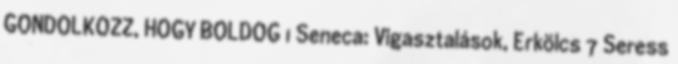
GONDOLKOZZ, HOGY BOLDOG 1 Seneca: Vigasztalások, Erkölcs 7 Seress